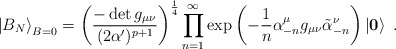
\begin{align*}\left| B_{N} \right\rangle_{B=0} = \left( \frac{- \det g_{\mu\nu}}{(2\alpha')^{p+1}}\right)^{\frac{1}{4}} \prod_{n=1}^{\infty} \exp \left(-\frac{1}{n} \alpha^{\mu}_{-n} g_{\mu\nu} \tilde{\alpha}^{\nu}_{-n}\right) \left| \mathbf{0} \right\rangle~.\end{align*}